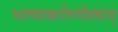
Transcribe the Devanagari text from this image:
भाष्यकारेणोक्तम्